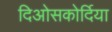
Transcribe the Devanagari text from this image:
दिओसकोर्दिया